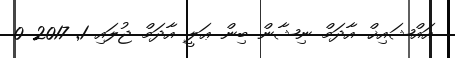
އައްޝައިޚް އާދަމް ނިޝާން ބިން ޢަލީ އާދަމް ޖުލައި 1